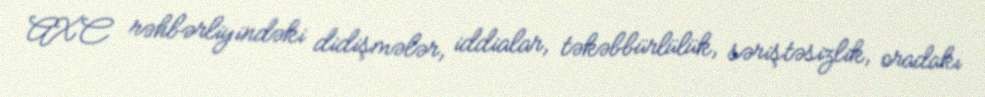
AXC rəhbərliyindəki didişmələr, iddialar, təkəbbürlülük, səriştəsizlik, oradakı